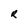
Character: R